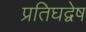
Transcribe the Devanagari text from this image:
प्रतिघद्वेष